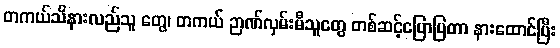
တကယ်သိနားလည်သူ တွေ၊ တကယ် ဉာဏ်လှမ်းမီသူတွေ တစ်ဆင့်ပြောပြတာ နားထောင်ပြီး